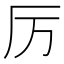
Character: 厉